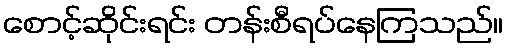
စောင့်ဆိုင်းရင်း တန်းစီရပ်နေကြသည်။